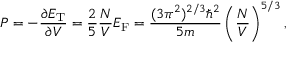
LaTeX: P = - { \frac { \partial E _ { \mathrm { { T } } } } { \partial V } } = { \frac { 2 } { 5 } } { \frac { N } { V } } E _ { \mathrm { F } } = { \frac { ( 3 \pi ^ { 2 } ) ^ { 2 / 3 } \hbar ^ { 2 } } { 5 m } } \left( { \frac { N } { V } } \right) ^ { 5 / 3 } ,